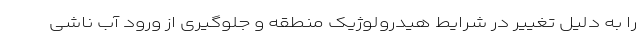
را به دلیل تغییر در شرایط هیدرولوژیک منطقه و جلوگیری از ورود آب ناشی